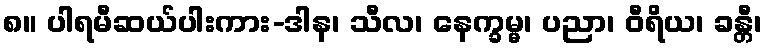
၈။ ပါရမီဆယ်ပါးကား-ဒါန၊ သီလ၊ နေက္ခမ္မ၊ ပညာ၊ ဝီရိယ၊ ခန္တီ၊